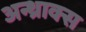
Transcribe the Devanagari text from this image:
अन्थ्राक्स